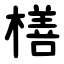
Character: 橏